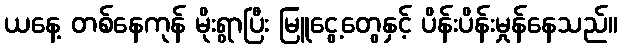
ယနေ့ တစ်နေကုန် မိုးရွာပြီး မြူငွေ့တွေနှင့် ပိန်းပိန်းမှုန်နေသည်။